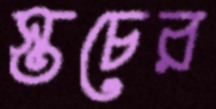
স্তচের